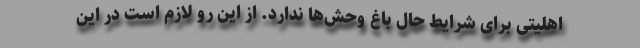
اهلیتی برای شرایط حال باغ‌ وحش‌ها ندارد. از این رو لازم است در این